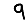
Digit: 9